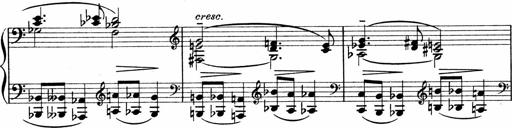
Title: Sonatina No.1
Composer: Otto Stoll
Key: C major